Annual administration report of the Civil Veterinary Department, Ajmere-Merwara, British Rajputana - 1914-1940
Year: 1914
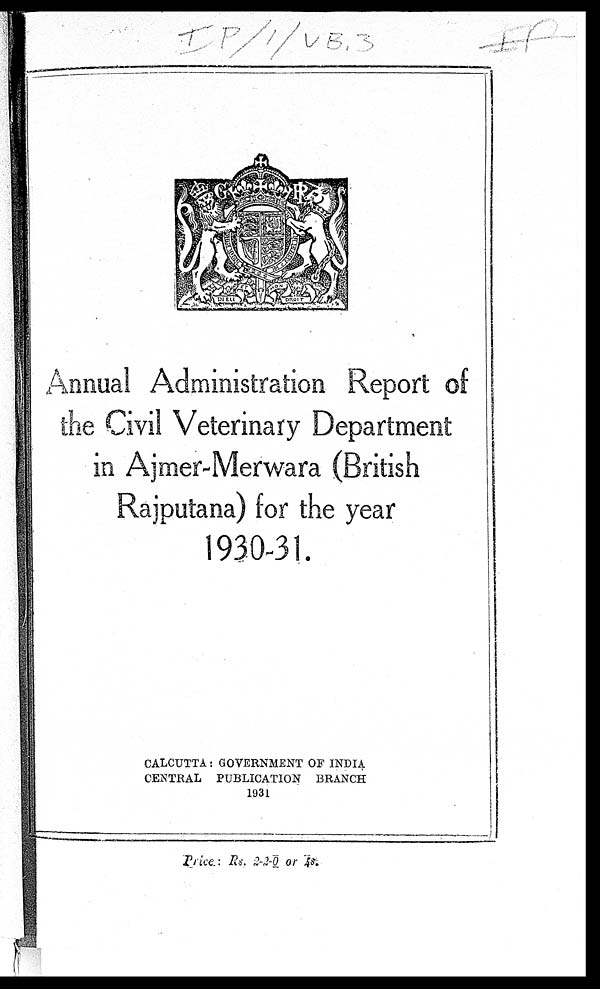
Annual Administration Report of
the Civil Veterinary Department
in Ajmer-Merwara (British
Rajputana) for the year
1930-31.
CALCUTTA: GOVERNMENT OF INDIA
CENTRAL PUBLICATION BRANCH
1931
Price.: Rs. 2-2-0 or 5s.